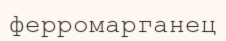
ферромарганец